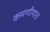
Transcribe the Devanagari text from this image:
कमणीगारा